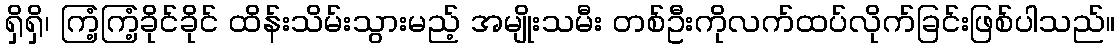
ရှိရှိ၊ ကြံ့ကြံ့ခိုင်ခိုင် ထိန်းသိမ်းသွားမည့် အမျိုးသမီး တစ်ဦးကိုလက်ထပ်လိုက်ခြင်းဖြစ်ပါသည်။